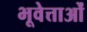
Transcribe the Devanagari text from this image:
भूवेत्ताओं